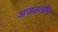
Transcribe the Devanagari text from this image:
अजडत्वीय